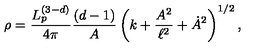
\rho = \frac { L _ { p } ^ { ( 3 - d ) } } { 4 \pi } \frac { ( d - 1 ) } { A } \left( k + \frac { A ^ { 2 } } { \ell ^ { 2 } } + \dot { A } ^ { 2 } \right) ^ { 1 / 2 } ,